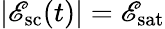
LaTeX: |\mathscr{E}_{\mathrm{{sc}}}(t)|=\mathscr{E}_{\mathrm{{sat}}}